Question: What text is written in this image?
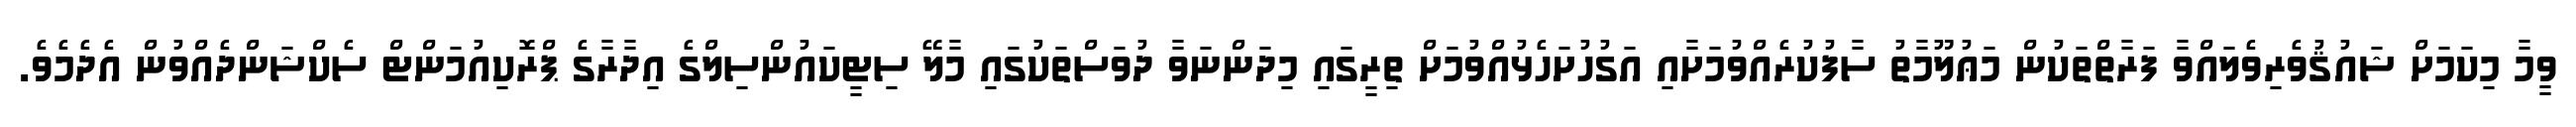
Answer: ވީމާ މިކަމަށް ޝައުޤުވެރިވެލައްވާ ފަރާތްތަކުން މަޢުލޫމާތު ސާފުކުރެއްވުމަށާއި އަގުހުށަހެޅުއްވުމަށް ތިރީގައި މިދަންނަވާ ދުވަސްތަކުގައި މާލޭ ސިޓީކައުންސިލްގެ އިދާރާގެ ޕްރޮކިއުމަންޓް ސެކްޝަންދެއްވުން އެދެމެވެ.